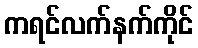
ကရင်လက်နက်ကိုင်